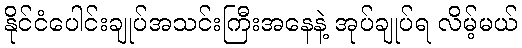
နိုင်ငံပေါင်းချုပ်အသင်းကြီးအနေနဲ့ အုပ်ချုပ်ရ လိမ့်မယ်